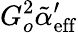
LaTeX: G_{o}^{2}\tilde{\alpha}_{\mathrm{eff}}^{\prime}